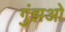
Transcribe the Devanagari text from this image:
गुंझओ